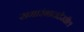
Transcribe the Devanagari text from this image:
समारंभातदेखील